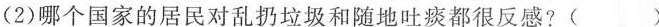
(2)哪个国家的居民对乱扔垃圾和随地吐痰都很反感?( )